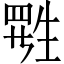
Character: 𬎷